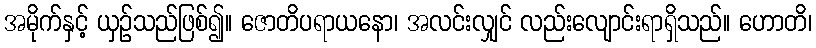
အမိုက်နှင့် ယှဉ်သည်ဖြစ်၍။ ဇောတိပရာယနော၊ အလင်းလျှင် လည်းလျောင်းရာရှိသည်။ ဟောတိ၊